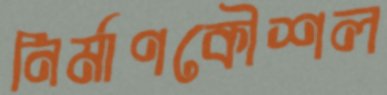
নির্মাণকৌশল